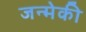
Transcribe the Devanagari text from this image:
जन्मेकी